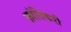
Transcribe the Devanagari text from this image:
क्रांतिकरी